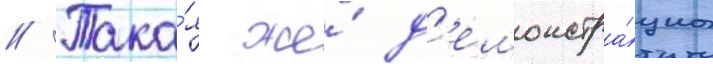
// Така́я же́ д'емонстра́циа